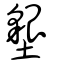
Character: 墾